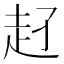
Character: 𧺖